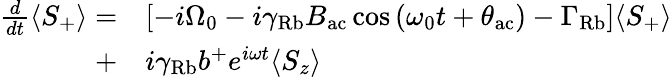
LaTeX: \begin{array}{rl}{\frac{d}{dt}\langle S_{+}\rangle=}&{\left[-i\Omega_{0}-i\gamma_{\mathrm{Rb}}B_{\mathrm{ac}}\cos\left({\omega_{0}t+\theta_{\mathrm{ac}}}\right)-\Gamma_{\mathrm{Rb}}\right]\langle S_{+}\rangle}\\ {+}&{i\gamma_{\mathrm{Rb}}b^{+}e^{i\omega t}\langle S_{z}\rangle}\end{array}